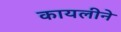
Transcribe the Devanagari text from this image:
कायलीने